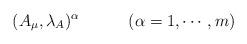
LaTeX: \begin{align*}(A_{\mu},\lambda_A)^\alpha \qquad \quad (\alpha=1,\cdots,m)\end{align*}